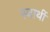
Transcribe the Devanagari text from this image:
स्‍वार्थी